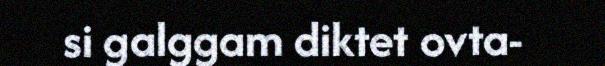
si galggam diktet ovta-